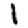
Digit: 1